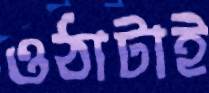
ওঠাটাই